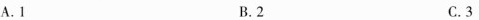
A.1 B.2 C.3